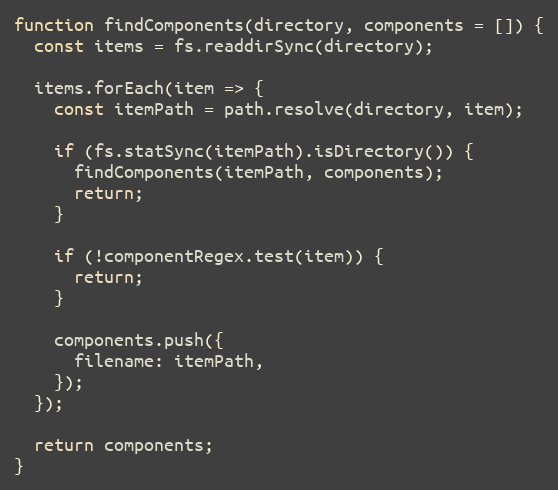
Language: JavaScript
function findComponents(directory, components = []) {
  const items = fs.readdirSync(directory);

  items.forEach(item => {
    const itemPath = path.resolve(directory, item);

    if (fs.statSync(itemPath).isDirectory()) {
      findComponents(itemPath, components);
      return;
    }

    if (!componentRegex.test(item)) {
      return;
    }

    components.push({
      filename: itemPath,
    });
  });

  return components;
}